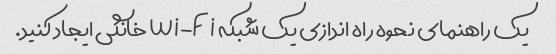
یک راهنمای نحوه راه اندازی یک شبکه Wi-Fi خانگی ایجاد کنید.